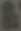
&